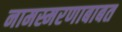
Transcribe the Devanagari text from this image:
नामस्मरणाबाबत